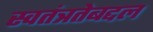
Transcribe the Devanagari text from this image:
स्वतंत्रतेबद्दल